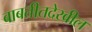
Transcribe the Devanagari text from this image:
बाबतीतदेखील